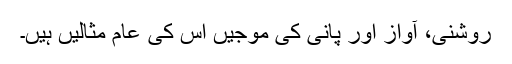
روشنی، آواز اور پانی کی موجیں اس کی عام مثالیں ہیں۔